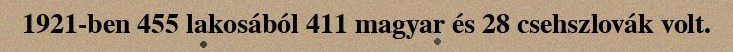
1921-ben 455 lakosából 411 magyar és 28 csehszlovák volt.